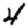
Digit: 4